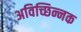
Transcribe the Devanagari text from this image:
अविच्छिन्नक